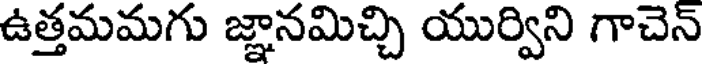
ఉత్తమమగు జ్ఞానమిచ్చి యుర్విని గాచెన్